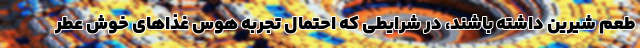
طعم شیرین داشته باشند، در شرایطی که احتمال تجربه هوس غذاهای خوش عطر